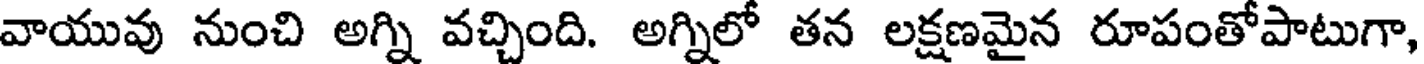
వాయువు నుంచి అగ్ని వచ్చింది. అగ్నిలో తన లక్షణమైన రూపంతోపాటుగా,